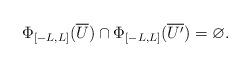
LaTeX: \begin{align*} \Phi_{[-L, L]} (\overline{U}) \cap \Phi_{[-L, L]} (\overline{U'}) = \varnothing . \end{align*}